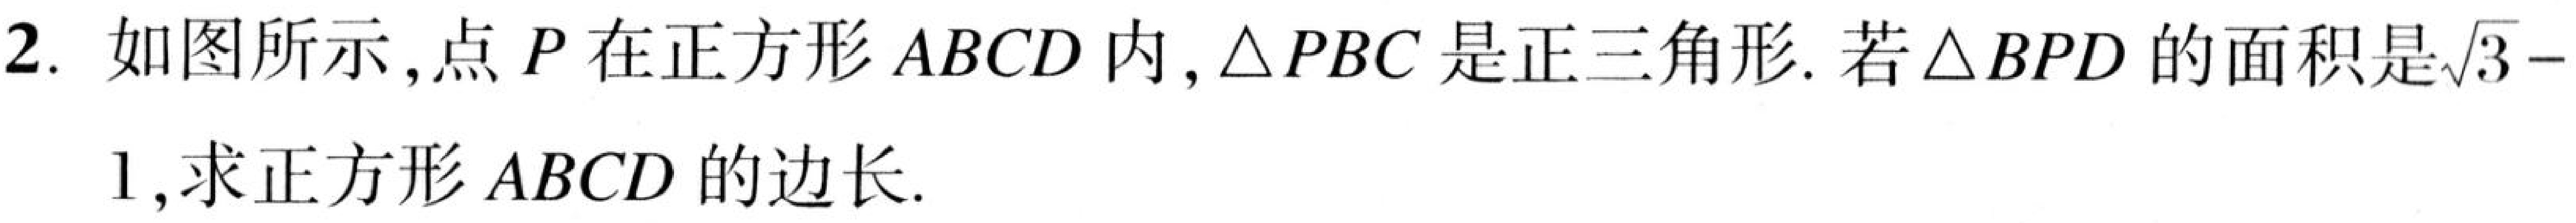
2. 如图所示,点 \(P\) 在正方形 \(ABCD\) 内,\(\triangle PBC\) 是正三角形. 若\(\triangle BPD\) 的面积是\(\sqrt{3}-1\),求正方形 \(ABCD\) 的边长.